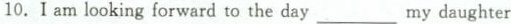
10.I am looking forward to the day___my daughter